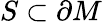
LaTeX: S\subset\partial M